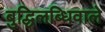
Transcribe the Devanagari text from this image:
बुद्धिलब्धिवाले